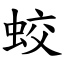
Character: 蛟